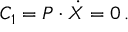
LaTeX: { \cal C } _ { 1 } = P \cdot \dot { X } = 0 \, .